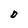
Character: O